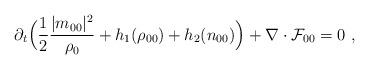
LaTeX: \begin{align*} \partial_t \Big( \frac{1}{2} \frac{|m_{00}|^2}{\rho_0} + h_1(\rho_{00}) + h_2(n_{00}) \Big) + \nabla \cdot \mathcal{F}_{00} = 0 \ ,\end{align*}